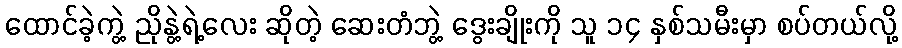
ထောင်ခဲ့ကွဲ့ ညိုနွဲ့ရဲ့လေး ဆိုတဲ့ ဆေးတံဘွဲ့ ဒွေးချိုးကို သူ ၁၄ နှစ်သမီးမှာ စပ်တယ်လို့